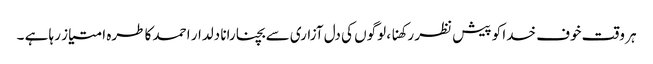
ہر وقت خوف خدا کو پیش نظر رکھنا ، لوگوں کی دل آزاری سے بچنا رانا دلدار احمد کا طرہ امتیاز رہا ہے ۔